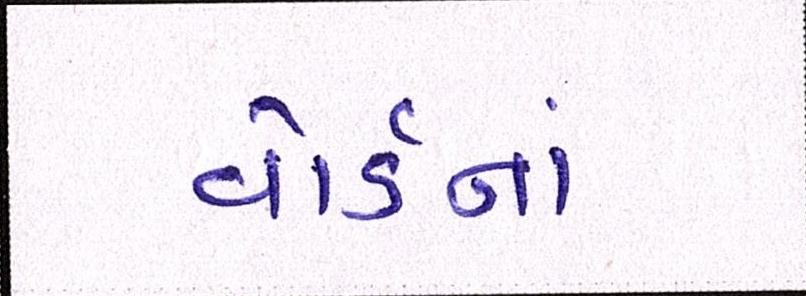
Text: વોર્ડનાં